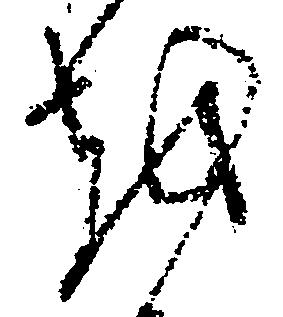
越